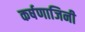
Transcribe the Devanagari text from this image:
कर्षणाजिनी